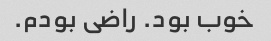
خوب بود. راضی بودم.